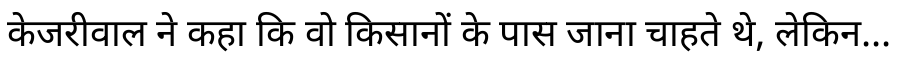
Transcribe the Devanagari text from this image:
केजरीवाल ने कहा कि वो किसानों के पास जाना चाहते थे, लेकिन...